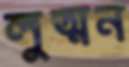
লুত্মন